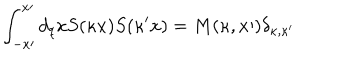
\int _ { - x \prime } ^ { x \prime } d _ { q } x S ( \kappa x ) S ( \kappa ^ { \prime } x ) = M ( \kappa , x \prime ) \delta _ { \kappa , \kappa ^ { \prime } }